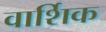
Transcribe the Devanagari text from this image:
वार्शिक